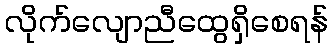
လိုက်လျောညီထွေရှိစေရန်